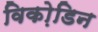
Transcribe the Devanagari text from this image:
विको़डिन